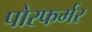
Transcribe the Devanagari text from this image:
पोरफर्मर